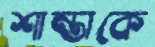
শান্তাকে